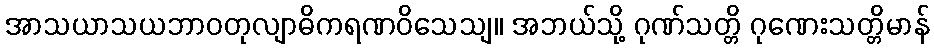
အာသယာသယဘာဝတုလျာဓိကရဏဝိသေသျ။ အဘယ်သို့ ဂုဏ်သတ္တိ ဂုဏေးသတ္တိမာန်